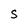
Character: S